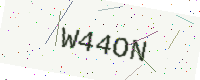
Text: W44ON